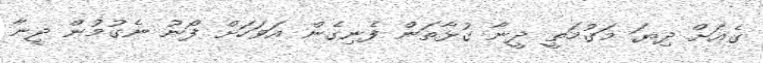
ގެއަށް ދިޔަ މަގުމަތީ ދީނާ ގުޅާތަން ފެނިގެން އަވަހަށް ފޯނު ނެގުމުން ދީނާ